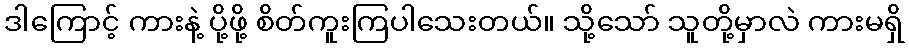
ဒါကြောင့် ကားနဲ့ ပို့ဖို့ စိတ်ကူးကြပါသေးတယ်။ သို့သော် သူတို့မှာလဲ ကားမရှိ